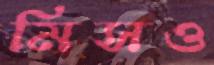
মিসও